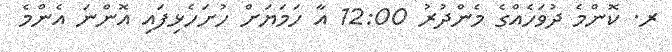
ރ. ކޮންމެ ދުވަހެއްގެ މެންދުރު 12:00 އާ ހަމަޔަށް ހުށަހެޅިފައި އޮންނަ އެންމެ